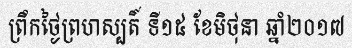
ព្រឹកថ្ងៃព្រហស្បតិ៍ ទី១៥ ខែមិថុនា ឆ្នាំ២០១៧